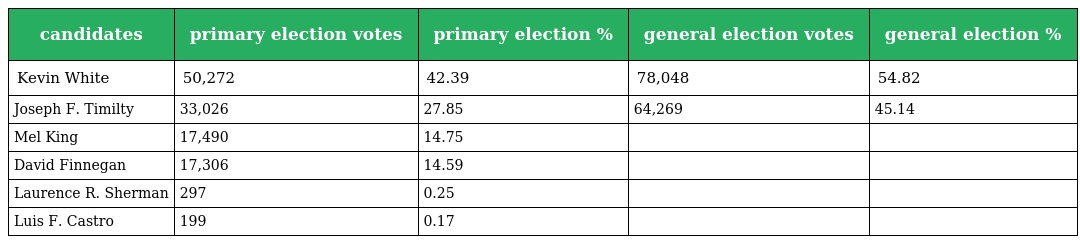
| candidates | primary election votes | primary election % | general election votes | general election % |
 | --- | --- | --- | --- | --- |
 | Kevin White | 50,272 | 42.39 | 78,048 | 54.82 |
 | Joseph F. Timilty | 33,026 | 27.85 | 64,269 | 45.14 |
 | Mel King | 17,490 | 14.75 |  |  |
 | David Finnegan | 17,306 | 14.59 |  |  |
 | Laurence R. Sherman | 297 | 0.25 |  |  |
 | Luis F. Castro | 199 | 0.17 |  |  |